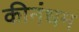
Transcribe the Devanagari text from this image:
कीनंधम